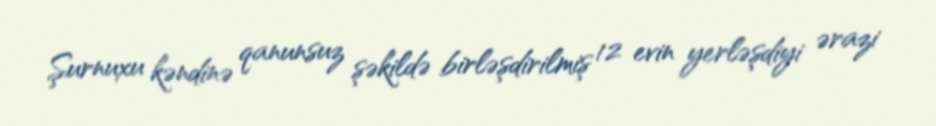
Şurnuxu kəndinə qanunsuz şəkildə birləşdirilmiş 12 evin yerləşdiyi ərazi